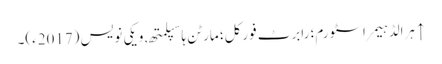
↑ ہرالڈ ہیمر اسٹورم؛ رابرٹ فورکل؛ مارٹن ہاسپلمتھ, ویکی نویس (2017ء)۔